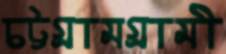
চট্টগ্রামগ্রামী